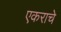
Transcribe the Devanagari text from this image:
एकराचे